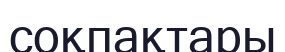
соқпақтары